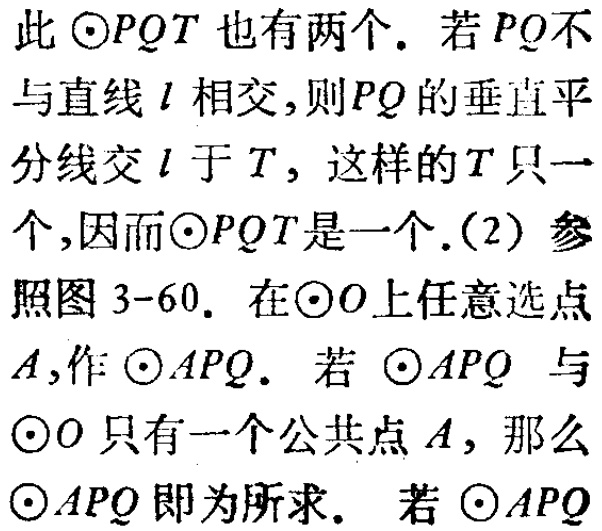
此\(\odot PQT\)也有两个. 若\(PQ\)不与直线\(l\)相交,则\(PQ\)的垂直平分线交\(l\)于\(T\), 这样的\(T\)只一个,因而\(\odot PQT\)是一个.(2) 参照图3-60. 在\(\odot O\)上任意选点\(A\),作\(\odot APQ\). 若\(\odot APQ\)与\(\odot O\)只有一个公共点\(A\), 那么\(\odot APQ\)即为所求. 若\(\odot APQ\)